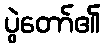
ပွဲတော်၏